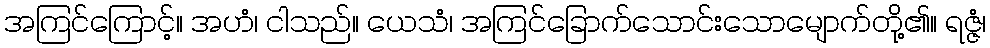
အကြင်ကြောင့်။ အဟံ၊ ငါသည်။ ယေသံ၊ အကြင်ခြောက်သောင်းသောမျောက်တို့၏။ ရဇ္ဇံ၊